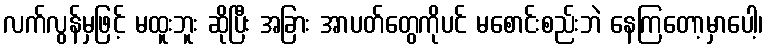
လက်လွန်မှဖြင့် မထူးဘူး ဆိုပြီး အခြား အာပတ်တွေကိုပင် မစောင်းစည်းဘဲ နေကြတော့မှာပေါ့၊